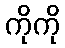
ကိုကို